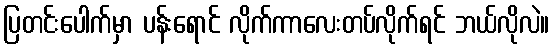
ပြတင်းပေါက်မှာ ပန်းရောင် လိုက်ကာလေးတပ်လိုက်ရင် ဘယ်လိုလဲ။